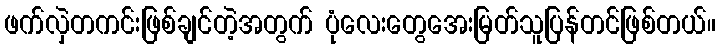
ဖက်လှဲတကင်းဖြစ်ချင်တဲ့အတွက် ပုံလေးတွေအေးမြတ်သူပြန်တင်ဖြစ်တယ်။